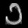
Digit: ၁